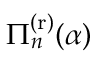
\Pi _ { n } ^ { \mathrm { ( r ) } } ( \alpha )